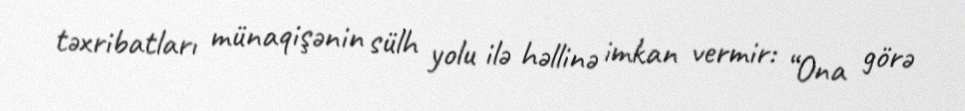
təxribatları münaqişənin sülh yolu ilə həllinə imkan vermir: “Ona görə